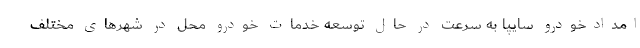
امدادخودرو سایپا به سرعت در حال توسعه خدمات خودرو محل در شهرهای مختلف